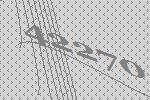
42270